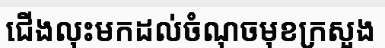
ជើងលុះមកដល់ចំណុចមុខក្រសួង